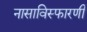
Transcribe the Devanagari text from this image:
नासाविस्फारणी